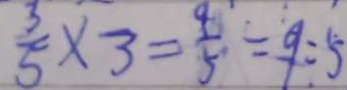
\frac { 3 } { 5 } \times 3 = \frac { 4 } { 5 } = 9 : 5